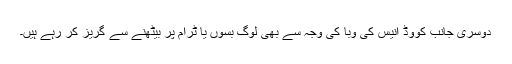
دوسری جانب کووڈ انیس کی وبا کی وجہ سے بھی لوگ بسوں یا ٹرام پر بیٹھنے سے گریز کر رہے ہیں۔